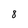
Character: 8